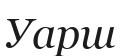
Уарш